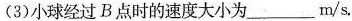
(3)小球经过B点时的速度大小为___m/s。